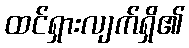
ထင်ရှားလျက်ရှိ၏